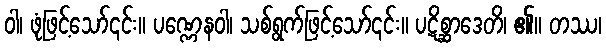
ဝါ၊ ဖုံဖြင့်သော်၎င်း။ ပဏ္ဏေနဝါ၊ သစ်ရွက်ဖြင့်သော်၎င်း။ ပဋိစ္ဆာဒေတိ၊ ၏။ တဿ၊